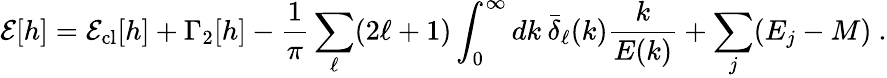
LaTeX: {\cal E}[h]={\cal E}_{\mathrm{cl}}[h]+\Gamma_{2}[h]-\frac{1}{\pi}\sum_{\ell}(2\ell+1)\int_{0}^{\infty}dk\: \bar{\delta}_{\ell}(k)\frac{k}{E(k)}+\sum_{j}(E_{j}-M)\ .